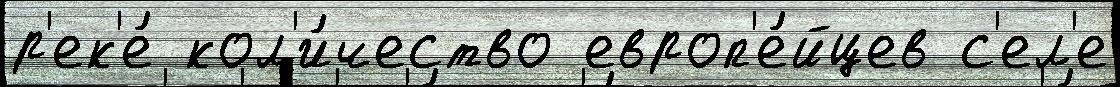
р'ек'е́ кол'и́чество европ'е́йцев с'ел'е